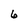
Character: 6